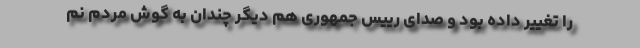
را تغییر داده بود و صدای رییس جمهوری هم دیگر چندان به گوش مردم نم